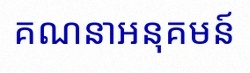
គណនាអនុគមន៍